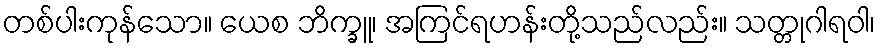
တစ်ပါးကုန်သော။ ယေစ ဘိက္ခူ၊ အကြင်ရဟန်းတို့သည်လည်း။ သတ္တုဂါရဝါ၊